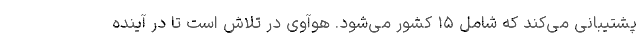
پشتیبانی می‌کند که شامل ۱۵ کشور می‌شود. هوآوی در تلاش است تا در آینده